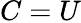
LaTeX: C=U